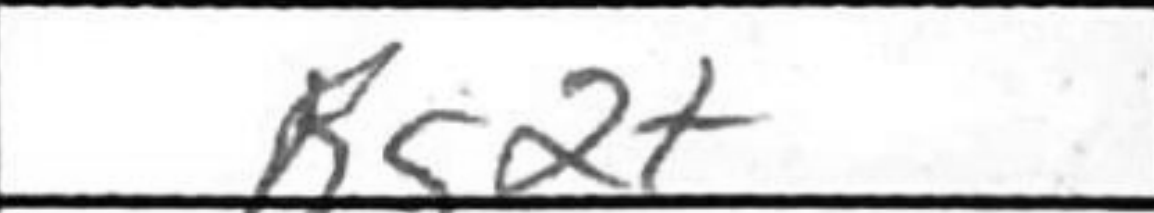
Transcription: Rg2+